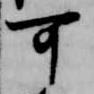
可